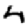
Digit: 4